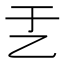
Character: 𠃗